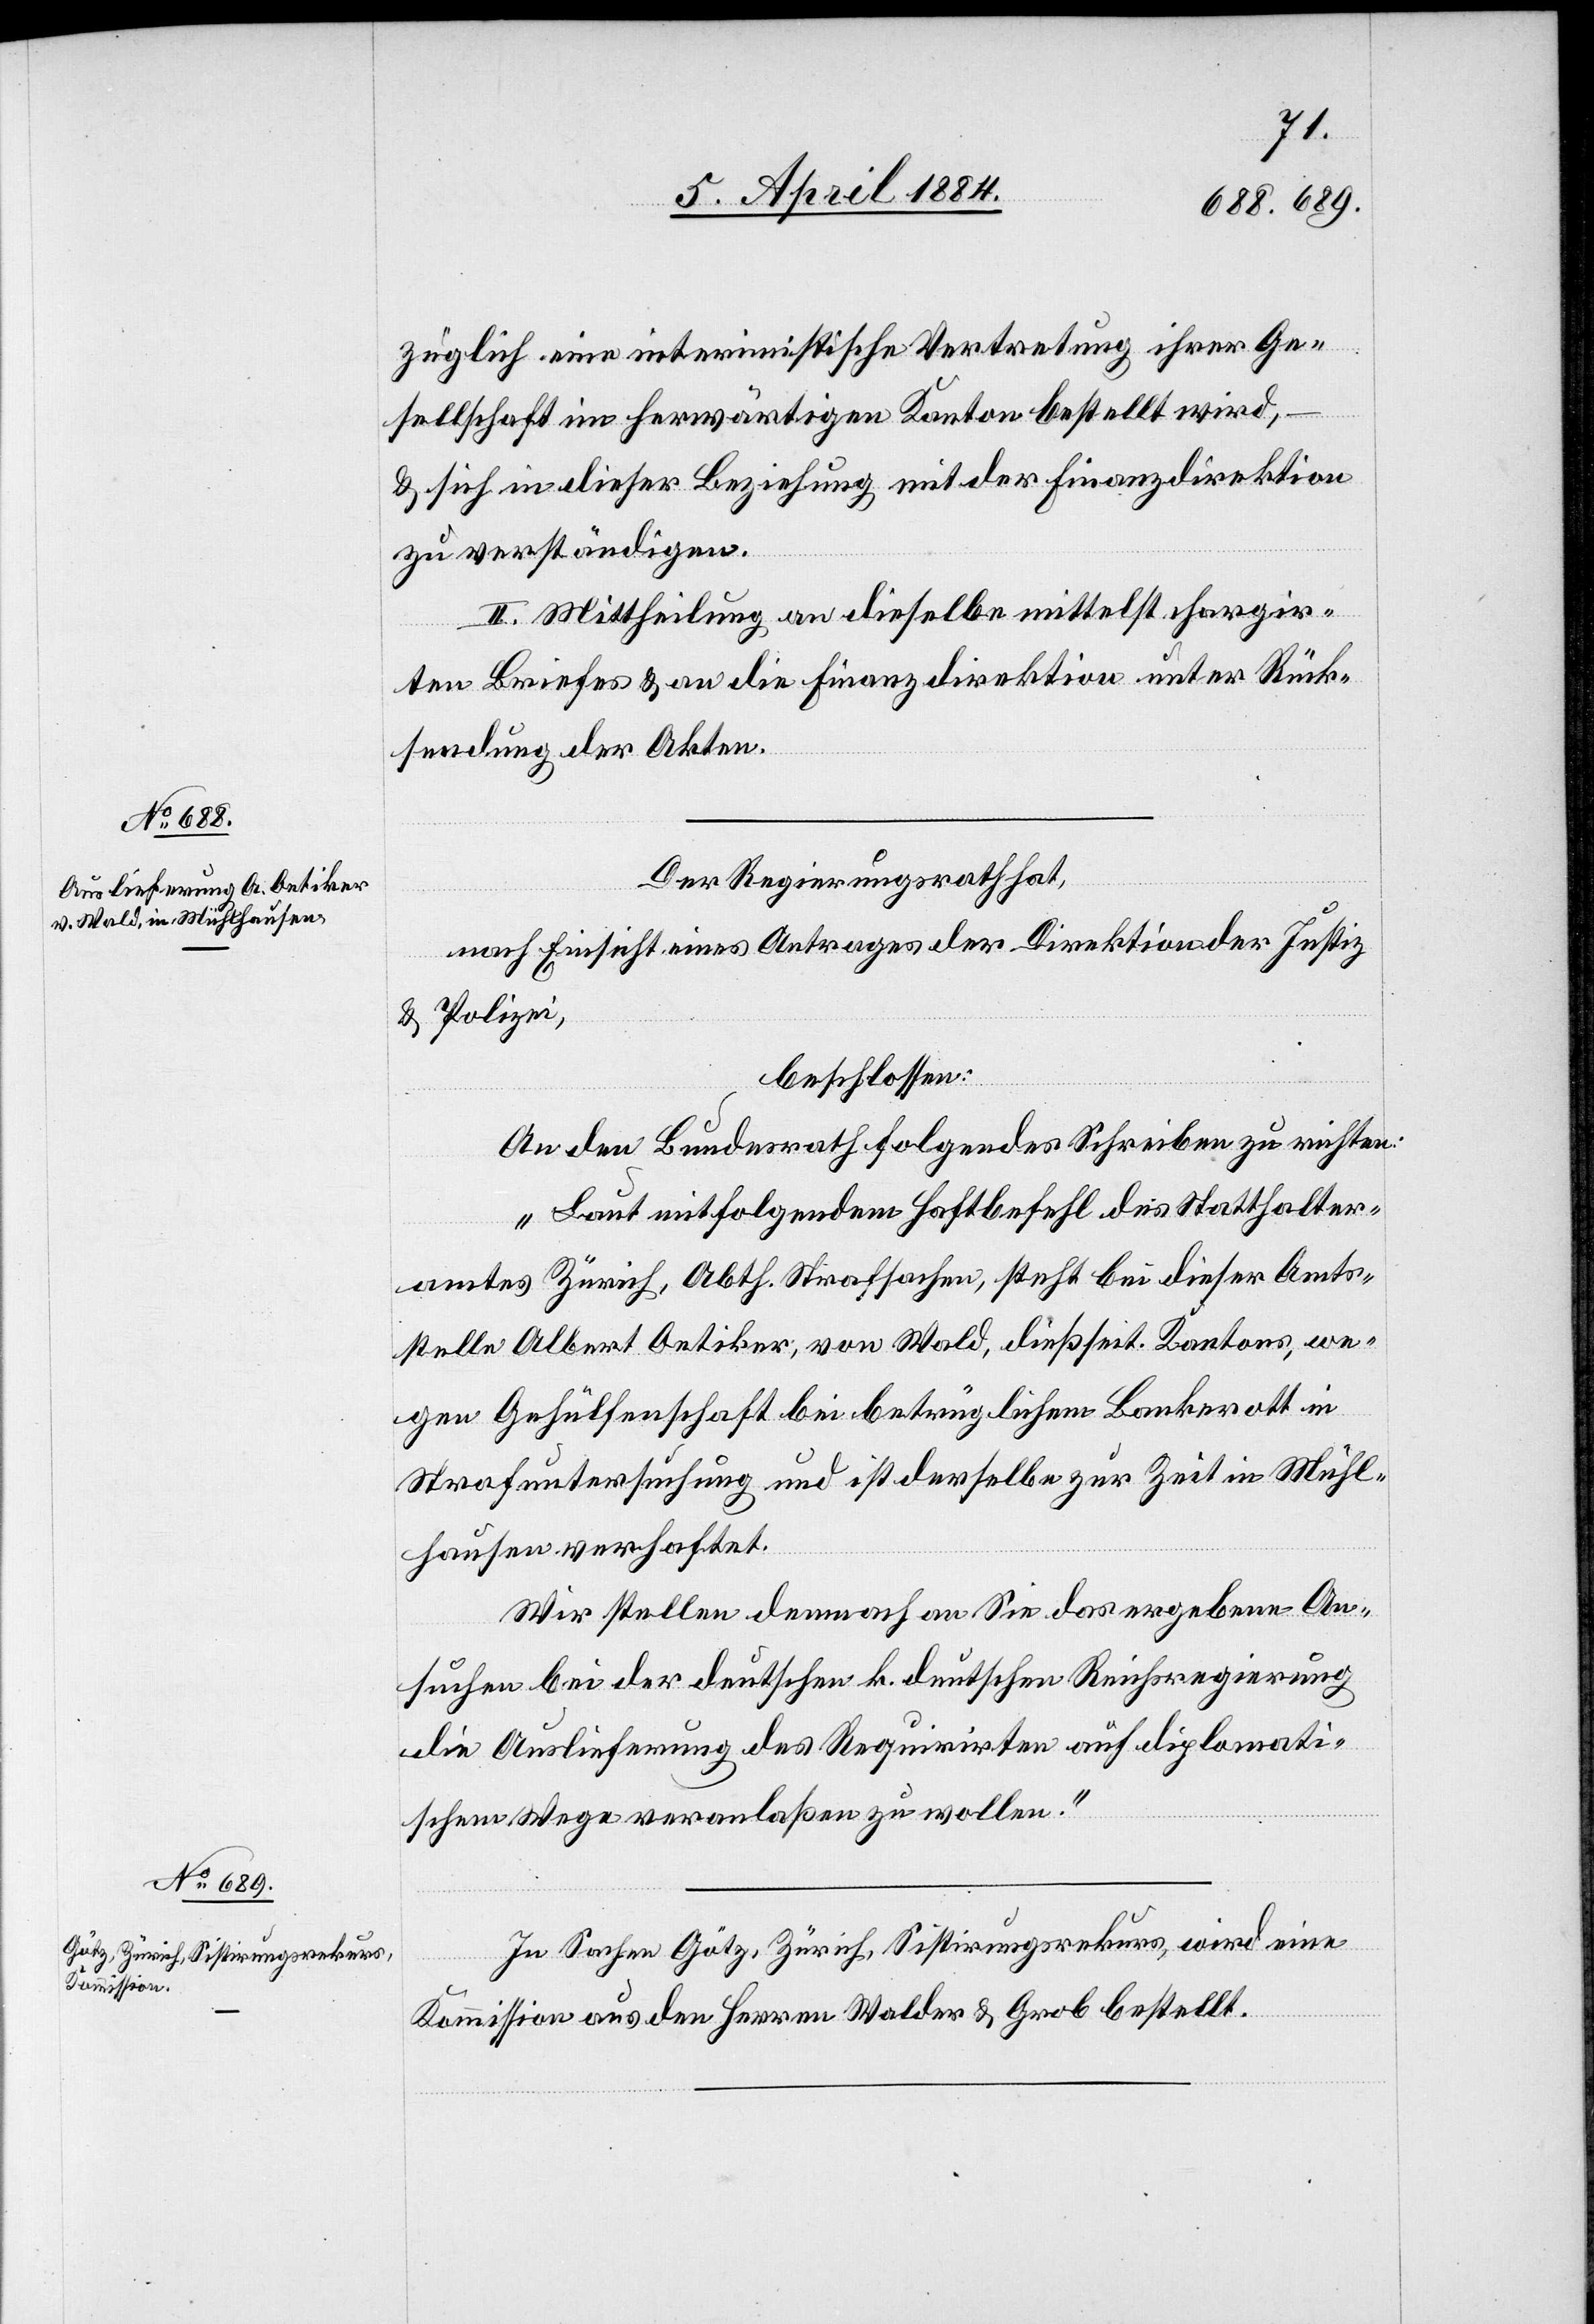
züglich eine interimistische Vertretung ihrer Ge¬
sellschaft im herwärtigen Kanton bestellt wird,–
& sich in dieser Beziehung mit der Finanzdirektion
zu verständigen.
II. Mittheilung an dieselbe mittelst chargir¬
ten Briefes & an die Finanzdirektion unter Rück¬
sendung der Akten.
Der Regierungsrath hat,
nach Einsicht eines Antrages der Direktion der Justiz
& Polizei,
beschlossen:
An den Bundesrath folgendes Schreiben zu richten:
„Laut mitfolgendem Haftbefehl des Statthalter¬
amtes Zürich, Abth. Strafsachen, steht bei dieser Amts¬
stelle Albert Oetiker, von Wald, dießseit. Kantons, we¬
gen Gehülfenschaft bei betrüglichem Bankrott in
Strafuntersuchung und ist derselbe zur Zeit in Mühl¬
hausen verhaftet.
Wir stellen demnach an Sie das ergebene An¬
suchen bei der deutschen k. deutschen [sic!] Regierung
die Auslieferung des Requirirten auf diplomati¬
schem Wege veranlaßen zu wolllen.“
In Sachen Götz, Zürich, Sistirungsrekurs, wird eine
Kommission aus den Herren Walder & Grob bestellt.